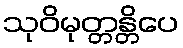
သုဝိမုတ္တန္တိပေ